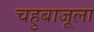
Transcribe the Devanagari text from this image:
चहुबाजूला